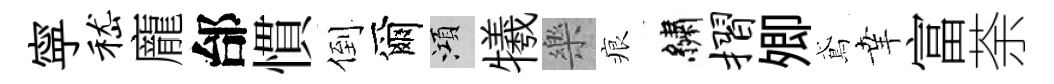
寜嵇龐邰慣倒爾澒犧樂痕繡摺𡖖鳶𦍒富荼